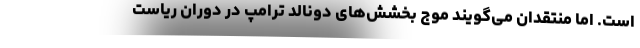
است. اما منتقدان می‌گویند موج بخشش‌های دونالد ترامپ در دوران ریاست